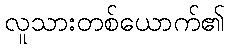
လူသားတစ်ယောက်၏